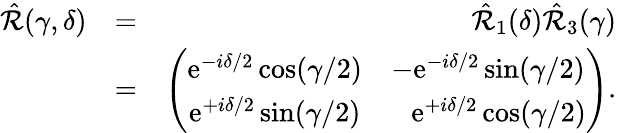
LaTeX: \begin{array}{rlr}{\hat{\mathcal{R}}(\gamma,\delta)}&{=}&{\hat{\mathcal{R}}_{1}(\delta)\hat{\mathcal{R}}_{3}(\gamma)}\\ &{=}&{\left(\begin{array}{cc}{\mathrm{e}^{-i\delta/2}\cos(\gamma/2)}&{-\mathrm{e}^{-i\delta/2}\sin(\gamma/2)}\\ {\mathrm{e}^{+i\delta/2}\sin(\gamma/2)}&{\ \ \ \mathrm{e}^{+i\delta/2}\cos(\gamma/2)}\end{array}\right).}\end{array}